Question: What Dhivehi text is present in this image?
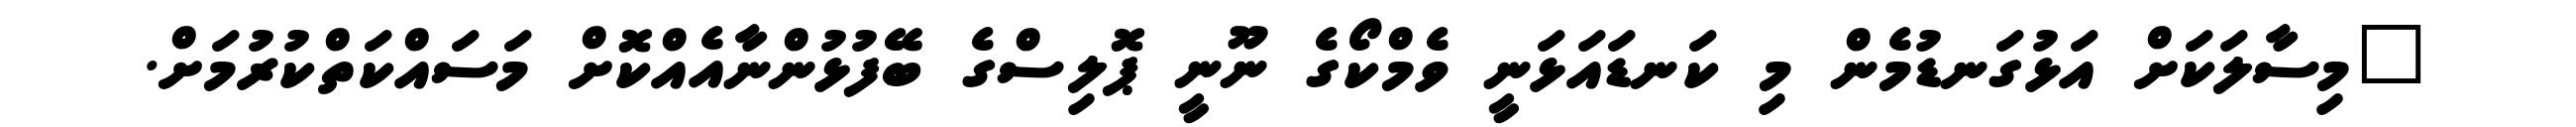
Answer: "މިސާލަކަށް އަޅުގަނޑުމެން މި ކަނޑައަޅަނީ ވެމްކޯގެ ނޫނީ ޕޮލިސްގެ ބޭފުޅުންނާއެއްކޮށް މަސައްކަތްކުރުމަށް.